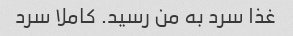
غذا سرد به من رسید. کاملا سرد